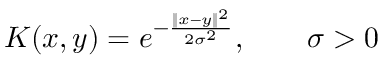
K ( x , y ) = e ^ { - { \frac { \| x - y \| ^ { 2 } } { 2 \sigma ^ { 2 } } } } , \qquad \sigma > 0